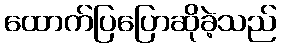
ထောက်ပြပြောဆိုခဲ့သည်